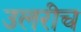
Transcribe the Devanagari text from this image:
उलरीच